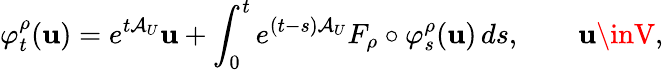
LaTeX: \varphi_{t}^{\rho}(\mathbf{u})=e^{t\mathcal{{A}}_{U}}\mathbf{u}+\int_{0}^{t}e^{(t-s)\mathcal{{A}}_{U}}F_{\rho}\circ\varphi_{s}^{\rho}(\mathbf{u})\, ds,\qquad\mathbf{u}\inV,